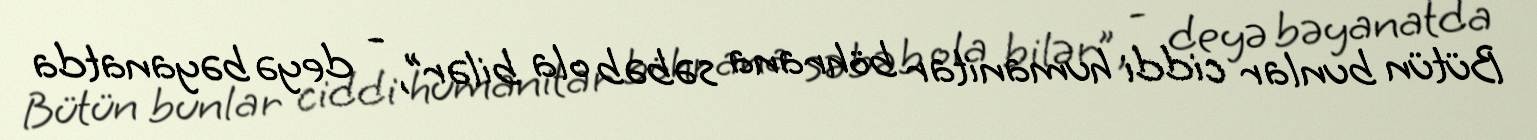
Bütün bunlar ciddi humanitar böhrana səbəb ola bilər”, - deyə bəyanatda